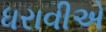
ધરાવીએ